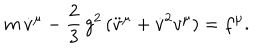
LaTeX: m \, { \dot { v } } ^ { \mu } - { \frac 2 3 } \, g ^ { 2 } \, ( { \ddot { v } } ^ { \mu } + { \dot { v } } ^ { 2 } v ^ { \mu } ) = f ^ { \mu } .